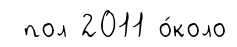
пол 2011 о́коло